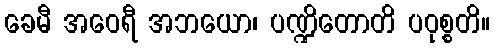
ခေမီ အဝေရီ အဘယော၊ ပဏ္ဍိတောတိ ပဝုစ္စတိ။